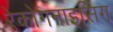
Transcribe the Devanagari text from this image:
रेकोगनाइसिंग